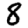
Digit: 8